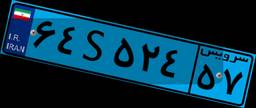
۶۴S۵۲۴۵۷